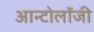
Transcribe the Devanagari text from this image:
आन्टोलॉजी